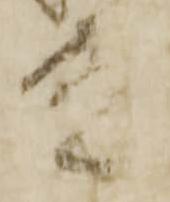
殿